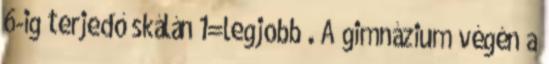
6-ig terjedő skálán 1=legjobb . A gimnázium végén a